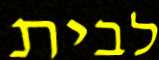
לבית